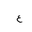
Letter: _ayn